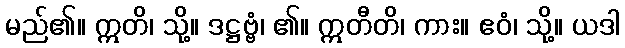
မည်၏။ ဣတိ၊ သို့။ ဒဋ္ဌဗ္ဗံ၊ ၏။ ဣတီတိ၊ ကား။ ဧဝံ၊ သို့။ ယဒါ